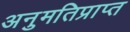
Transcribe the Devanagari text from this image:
अनुमतिप्राप्त